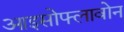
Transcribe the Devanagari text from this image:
आइसोफ्लावोन